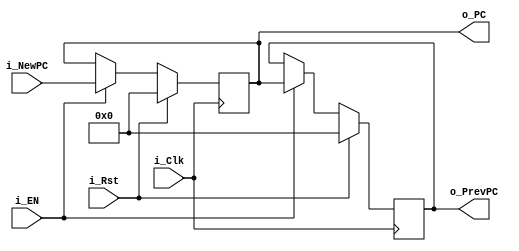
`timescale 1ns / 1ps

module ProgramCounter #(
    parameter INITAL_PC_VALUE = 0
    )(
    input i_Clk,
    input i_Rst,

    output [31:0] o_PC,
    output [31:0] o_PrevPC,
    input i_EN,
    input [31:0] i_NewPC
    );

    reg [31:0] r_PC = INITAL_PC_VALUE;
    reg [31:0] r_OldPC = 32'b0;

    assign o_PC = r_PC;
    assign o_PrevPC = r_OldPC;
    
    always @(posedge i_Clk) begin
        if(i_Rst)begin
            r_PC <= INITAL_PC_VALUE;
            r_OldPC <= 32'b0;
        end else begin
            if(i_EN)begin
                r_PC <= i_NewPC;
                r_OldPC <= r_PC;
            end
        end
    end
endmodule